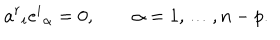
a ^ { r } { } _ { i } e ^ { i } { } _ { \alpha } = 0 , \qquad \alpha = 1 , \ldots , n - p .